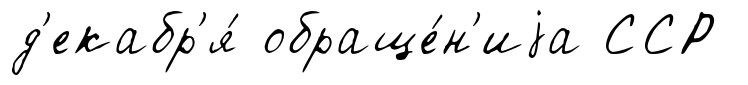
д'екабр'я́ обраще́н'иjа ССР